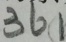
3 6 1